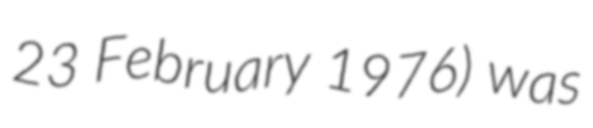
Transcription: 23 February 1976) was